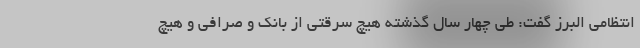
انتظامی البرز گفت: طی چهار سال گذشته هیچ سرقتی از بانک و صرافی و هیچ